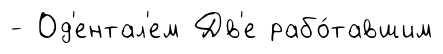
- Од'ентал'ем Дв'е рабо́тавшим